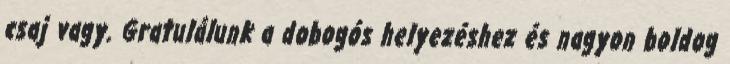
csaj vagy. Gratulálunk a dobogós helyezéshez és nagyon boldog